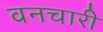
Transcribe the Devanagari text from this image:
वनचारी